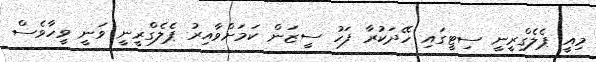
މިއީ ޕެލެގްރީނީ ސިޓީގައި ހޭދަކުރާ ފަހު ސީޒަން ކަމަށްވާއިރު ޕެލެގްރީނީ ވަނީ ވީހާވެސް